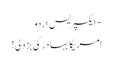
- ایکسپریس اردو
امریکا بہادر کی بزدلی!